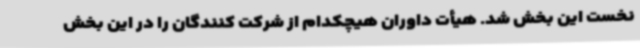
نخست این بخش شد. هیأت داوران هیچکدام از شرکت کنندگان را در این بخش